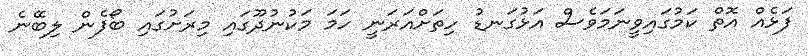
ފަޅެއް އޮތް ކަމުގައިވީނަމަވެސް އަޅުގަނޑު ހިތަށްއަރަނީ ހަމަ މަކުނުދޫގައި މިރަށުގައި ބޯފެން ލިބޭނެ